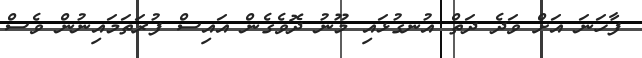
ފާހަނަ އަށް ވަދެ ދަތް އުނގުޅައި މޫނު ދޮވެގެން އައިސް ފުރަތަމައިނުން ވެސް